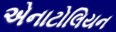
એનાટોલિયન